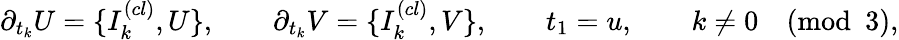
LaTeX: \partial_{t_{k}}U=\{ I_{k}^{(cl)},U\} ,\qquad\partial_{t_{k}}V=\{ I_{k}^{(cl)},V\} ,\qquad t_{1}=u,\qquad k\not=0\pmod 3,